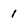
Character: 1